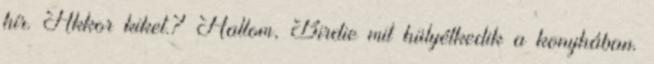
hír. Akkor kiket.? Hallom, Birdie mit hülyélkedik a konyhában.